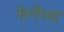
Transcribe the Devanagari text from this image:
फेणेच्या